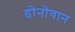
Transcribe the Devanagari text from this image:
डोनोवान